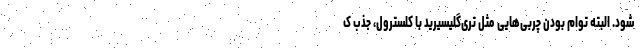
شود. البته توام بودن چربی‌هایی مثل تری‌گلیسیرید با کلسترول، جذب ک